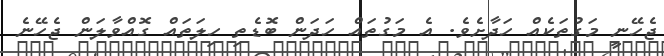
ޖެހޭނީ މަގުތަކެއް ހަދާށެވެ. އެ މަގުތައް ހަދަން ބޮޑެތި ހިލަތައް ގޮއްވާލަން ޖެހޭނެ